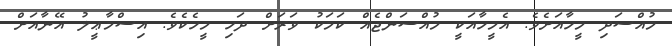
މުއްސަދި މީހާއަށެވެ. އެމީހާއަކީ މުއްސަންޖެއް ކަމަކު ވަރަށް ދަހި މީހެކެވެ. އިސްމާޢީލު އޭނާއަށް